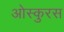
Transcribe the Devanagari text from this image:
ओस्कुरस